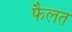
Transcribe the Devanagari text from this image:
फैलत